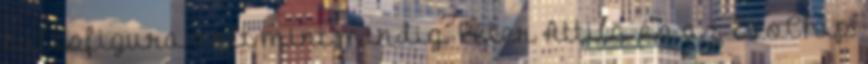
kulcsfigura volt mint mindig. Péter Attila és az EvoChip